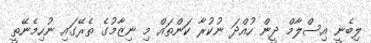
ލިބެނީ އިސްލާމް ދީން ހުއްދަ ނުކުރާ ކަންތައް މި ނިޒާމުގެ ތެރޭގައި ނުހިމެނޭތީ